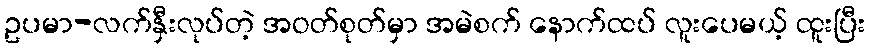
ဥပမာ-လက်နှီးလုပ်တဲ့ အဝတ်စုတ်မှာ အမဲစက် နောက်ထပ် လူးပေမယ့် ထူးပြီး